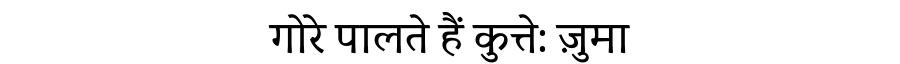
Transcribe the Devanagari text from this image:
गोरे पालते हैं कुत्ते: ज़ुमा